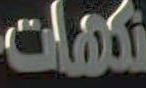
نكهات